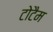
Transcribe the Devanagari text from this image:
टोटैम